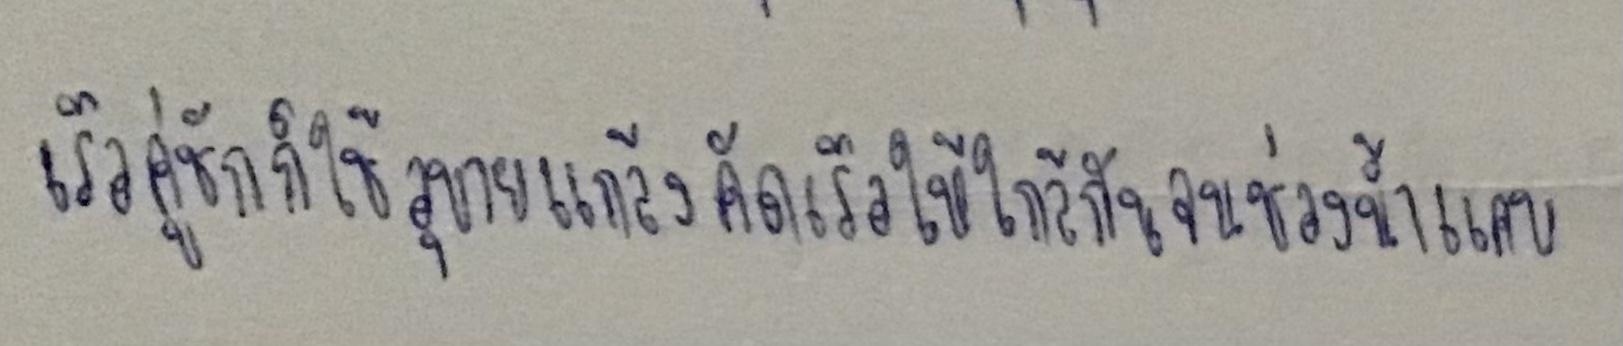
เรือคู่ชักก็ใช้อุบายแกล้งคัดเรือให้ใกล้กันจนช่องน้ำแคบ